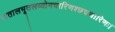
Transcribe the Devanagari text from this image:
पातालभूतलव्योमचारिणश्छद्मचारिणः।